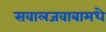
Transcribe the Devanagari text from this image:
सवालजवाबामधे